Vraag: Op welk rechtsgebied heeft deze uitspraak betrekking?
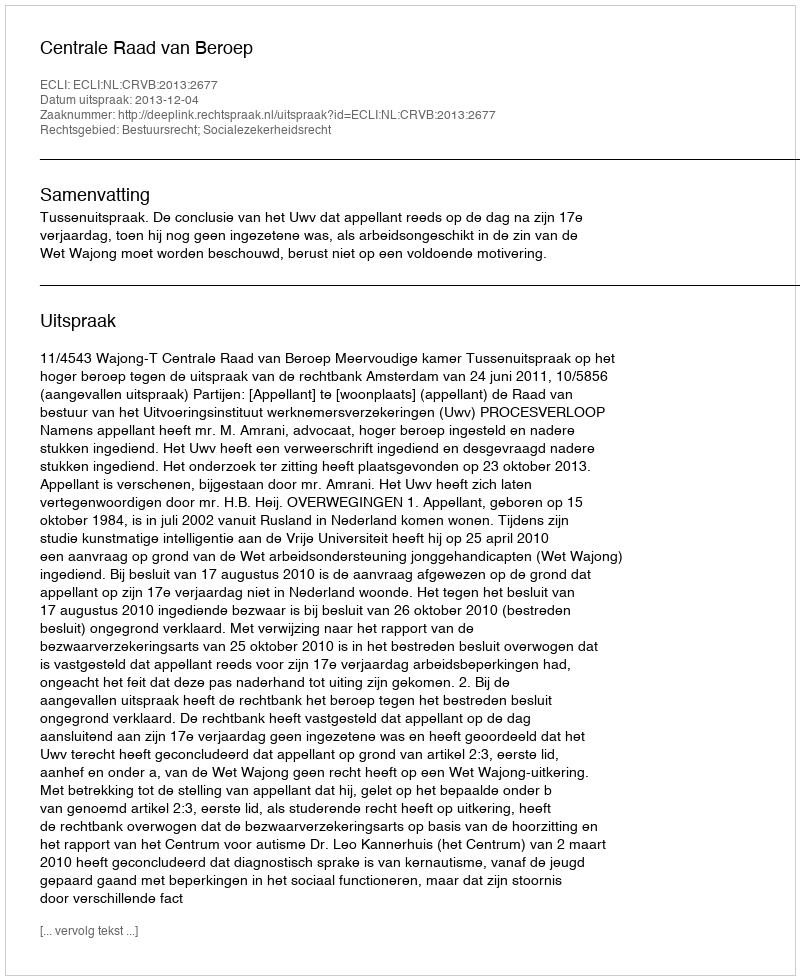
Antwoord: Bestuursrecht; Socialezekerheidsrecht